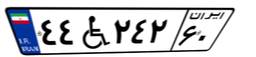
۴۴W۲۴۲۶۰